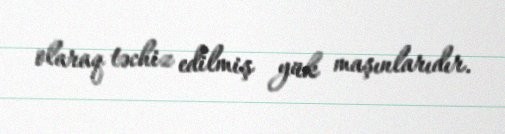
olaraq təchiz edilmiş yük maşınlarıdır.